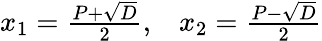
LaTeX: \begin{array}{ll}{x_{1}={\frac{P+{\sqrt{D}}}{2}},}&{x_{2}={\frac{P-{\sqrt{D}}}{2}}}\end{array}